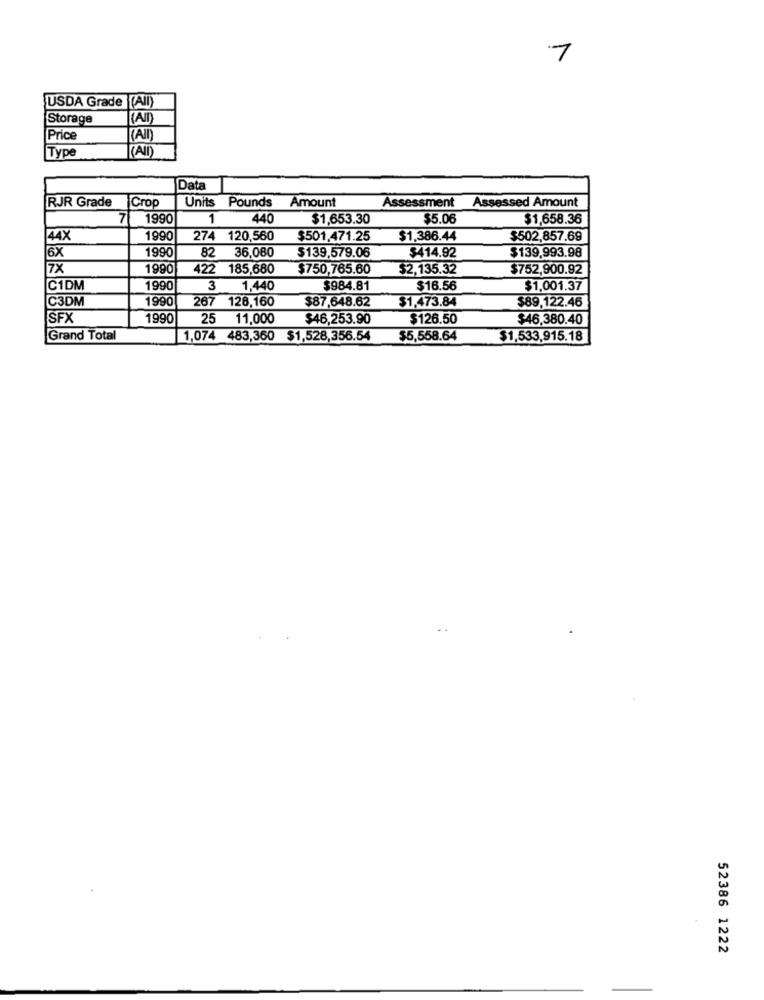
7
USDA Grade [AII)
Storage
Price
(AJI
Type
Data
RJR Grade
Assessment Assessed Amount
Crop
Units Pounds Amount
71
1990
1
440
$1,653.30
$5.06
$1,658.36
44X
1990
274 120,560
$501,471.25
$1,386.44
$502,857.69
6X
1990
82
36,080
$139.993.98
$139,579.06
$414.92
7X
1990
422 185,680
$750,765.60
$2,135.32
$752,900.92
C1DM
1990
1,440
$984.81
$16.56
$1.001.37
C3DM
1990
267 128,160
$89,122.46
$87,648.62
$1,473.84
SFX
1990
25 11,000
$46,253.90
$126.50
$46,380.40
Grand Total
1,074 483,360 $1,528,356.54
$5,558.64
$1,533,915.18
52386 1222